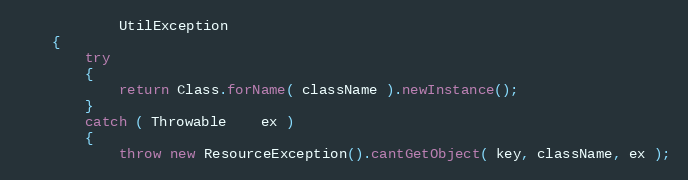
Language: Java
            UtilException
    {
        try
        {
            return Class.forName( className ).newInstance();
        }
        catch ( Throwable    ex )
        {
            throw new ResourceException().cantGetObject( key, className, ex );